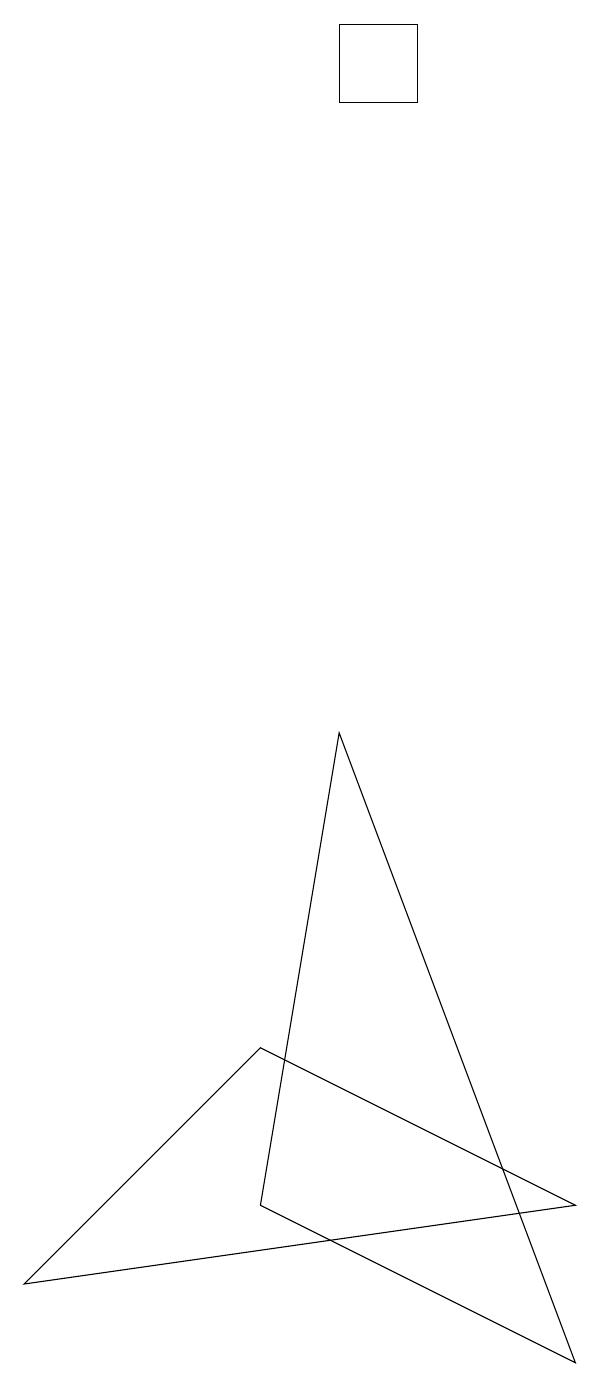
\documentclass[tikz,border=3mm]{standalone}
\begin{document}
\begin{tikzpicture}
\draw (4,18) rectangle (5,17);
\draw (3,5) -- (7,3) -- (0,2) -- cycle;
\draw (3,3) -- (4,9) -- (7,1) -- cycle;
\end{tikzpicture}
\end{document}